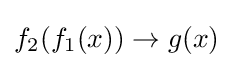
f_{2}(f_{1}(x))\rightarrow g(x)